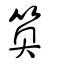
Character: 䉛